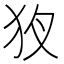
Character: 𤝇